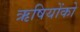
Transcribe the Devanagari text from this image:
ऋषियोंको